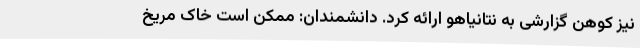
نیز کوهن گزارشی به نتانیاهو ارائه کرد. دانشمندان: ممکن است خاک مریخ